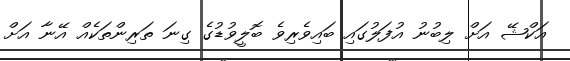
އަކްޝޭ އަށް ލިބުނު އުފަލުގައި ބައިވެރިވެ ބޮލީވުޑުގެ ގިނަ ތަރިންތަކެއް އޭނާ އަށް